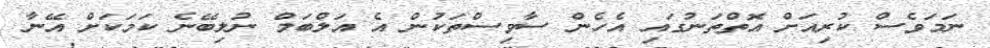
ނަމަވެސް ކުރިއަށް އޮތްތަނުގައި އެހެން ސާވިސްތަކުން އެ އަލްބަމް ނުލިބޭނެ ކަމަކަށް އޭނާ